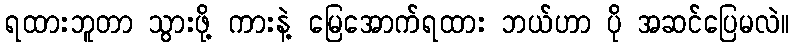
ရထားဘူတာ သွားဖို့ ကားနဲ့ မြေအောက်ရထား ဘယ်ဟာ ပို အဆင်ပြေမလဲ။